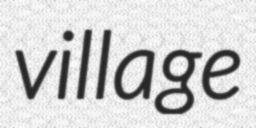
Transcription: village